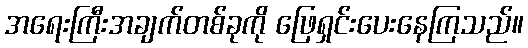
အရေးကြီးအချက်တစ်ခုကို ဖြေရှင်းပေးနေကြသည်။